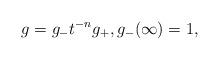
LaTeX: \begin{align*}g= g_-t^{-n} g_+, g_-(\infty)=1, \end{align*}